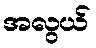
အလွယ်